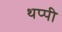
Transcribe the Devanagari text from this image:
थप्पी